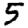
Digit: 5